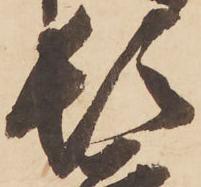
頓